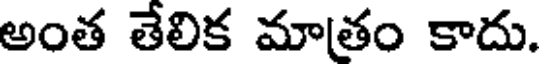
అంత తేలిక మాతం కాదు.